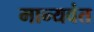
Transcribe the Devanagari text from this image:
मान्यवंत